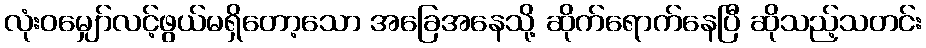
လုံးဝမျှော်လင့်ဖွယ်မရှိတော့သော အခြေအနေသို့ ဆိုက်ရောက်နေပြီ ဆိုသည့်သတင်း